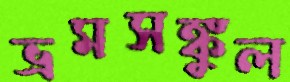
ভ্রমসঙ্কুল